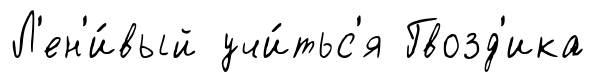
Л'ен'и́вый учи́тьс'я Гвозд'ика